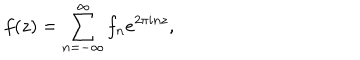
f ( z ) = \sum _ { n = - \infty } ^ { \infty } f _ { n } e ^ { 2 \pi i n z } ,